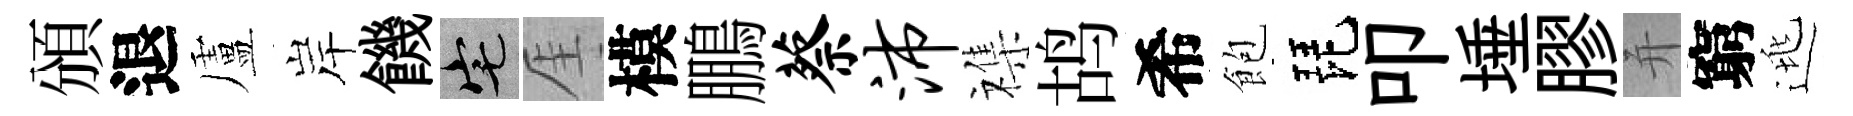
頒退盧岸饑宅厓模鵬蔡沛襍鸪希飽琵叩埵膠并窮逃